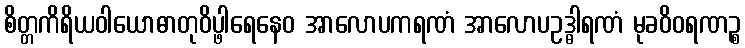
စိတ္တကိရိယဝါယောဓာတုဝိပ္ဖါရေနေဝ အာလောပကရဏံ အာလောပဥဒ္ဓါရဏံ မုခဝိဝရဏဉ္စ